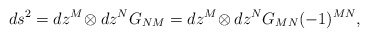
\begin{align*}ds^2=dz^M\! \otimes dz^N G_{NM} = dz^M\! \otimes dz^N G_{MN} (-1)^{MN},\end{align*}